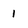
Character: 1